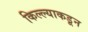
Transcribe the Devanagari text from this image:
किल्ल्याकडून